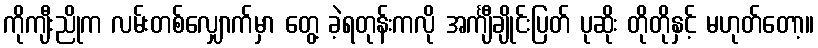
ကိုကျီးညိုက လမ်းတစ်လျှောက်မှာ တွေ့ ခဲ့ရတုန်းကလို အင်္ကျီချိုင်းပြတ် ပုဆိုး တိုတိုနှင့် မဟုတ်တော့။